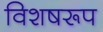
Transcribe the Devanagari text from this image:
विशषरूप